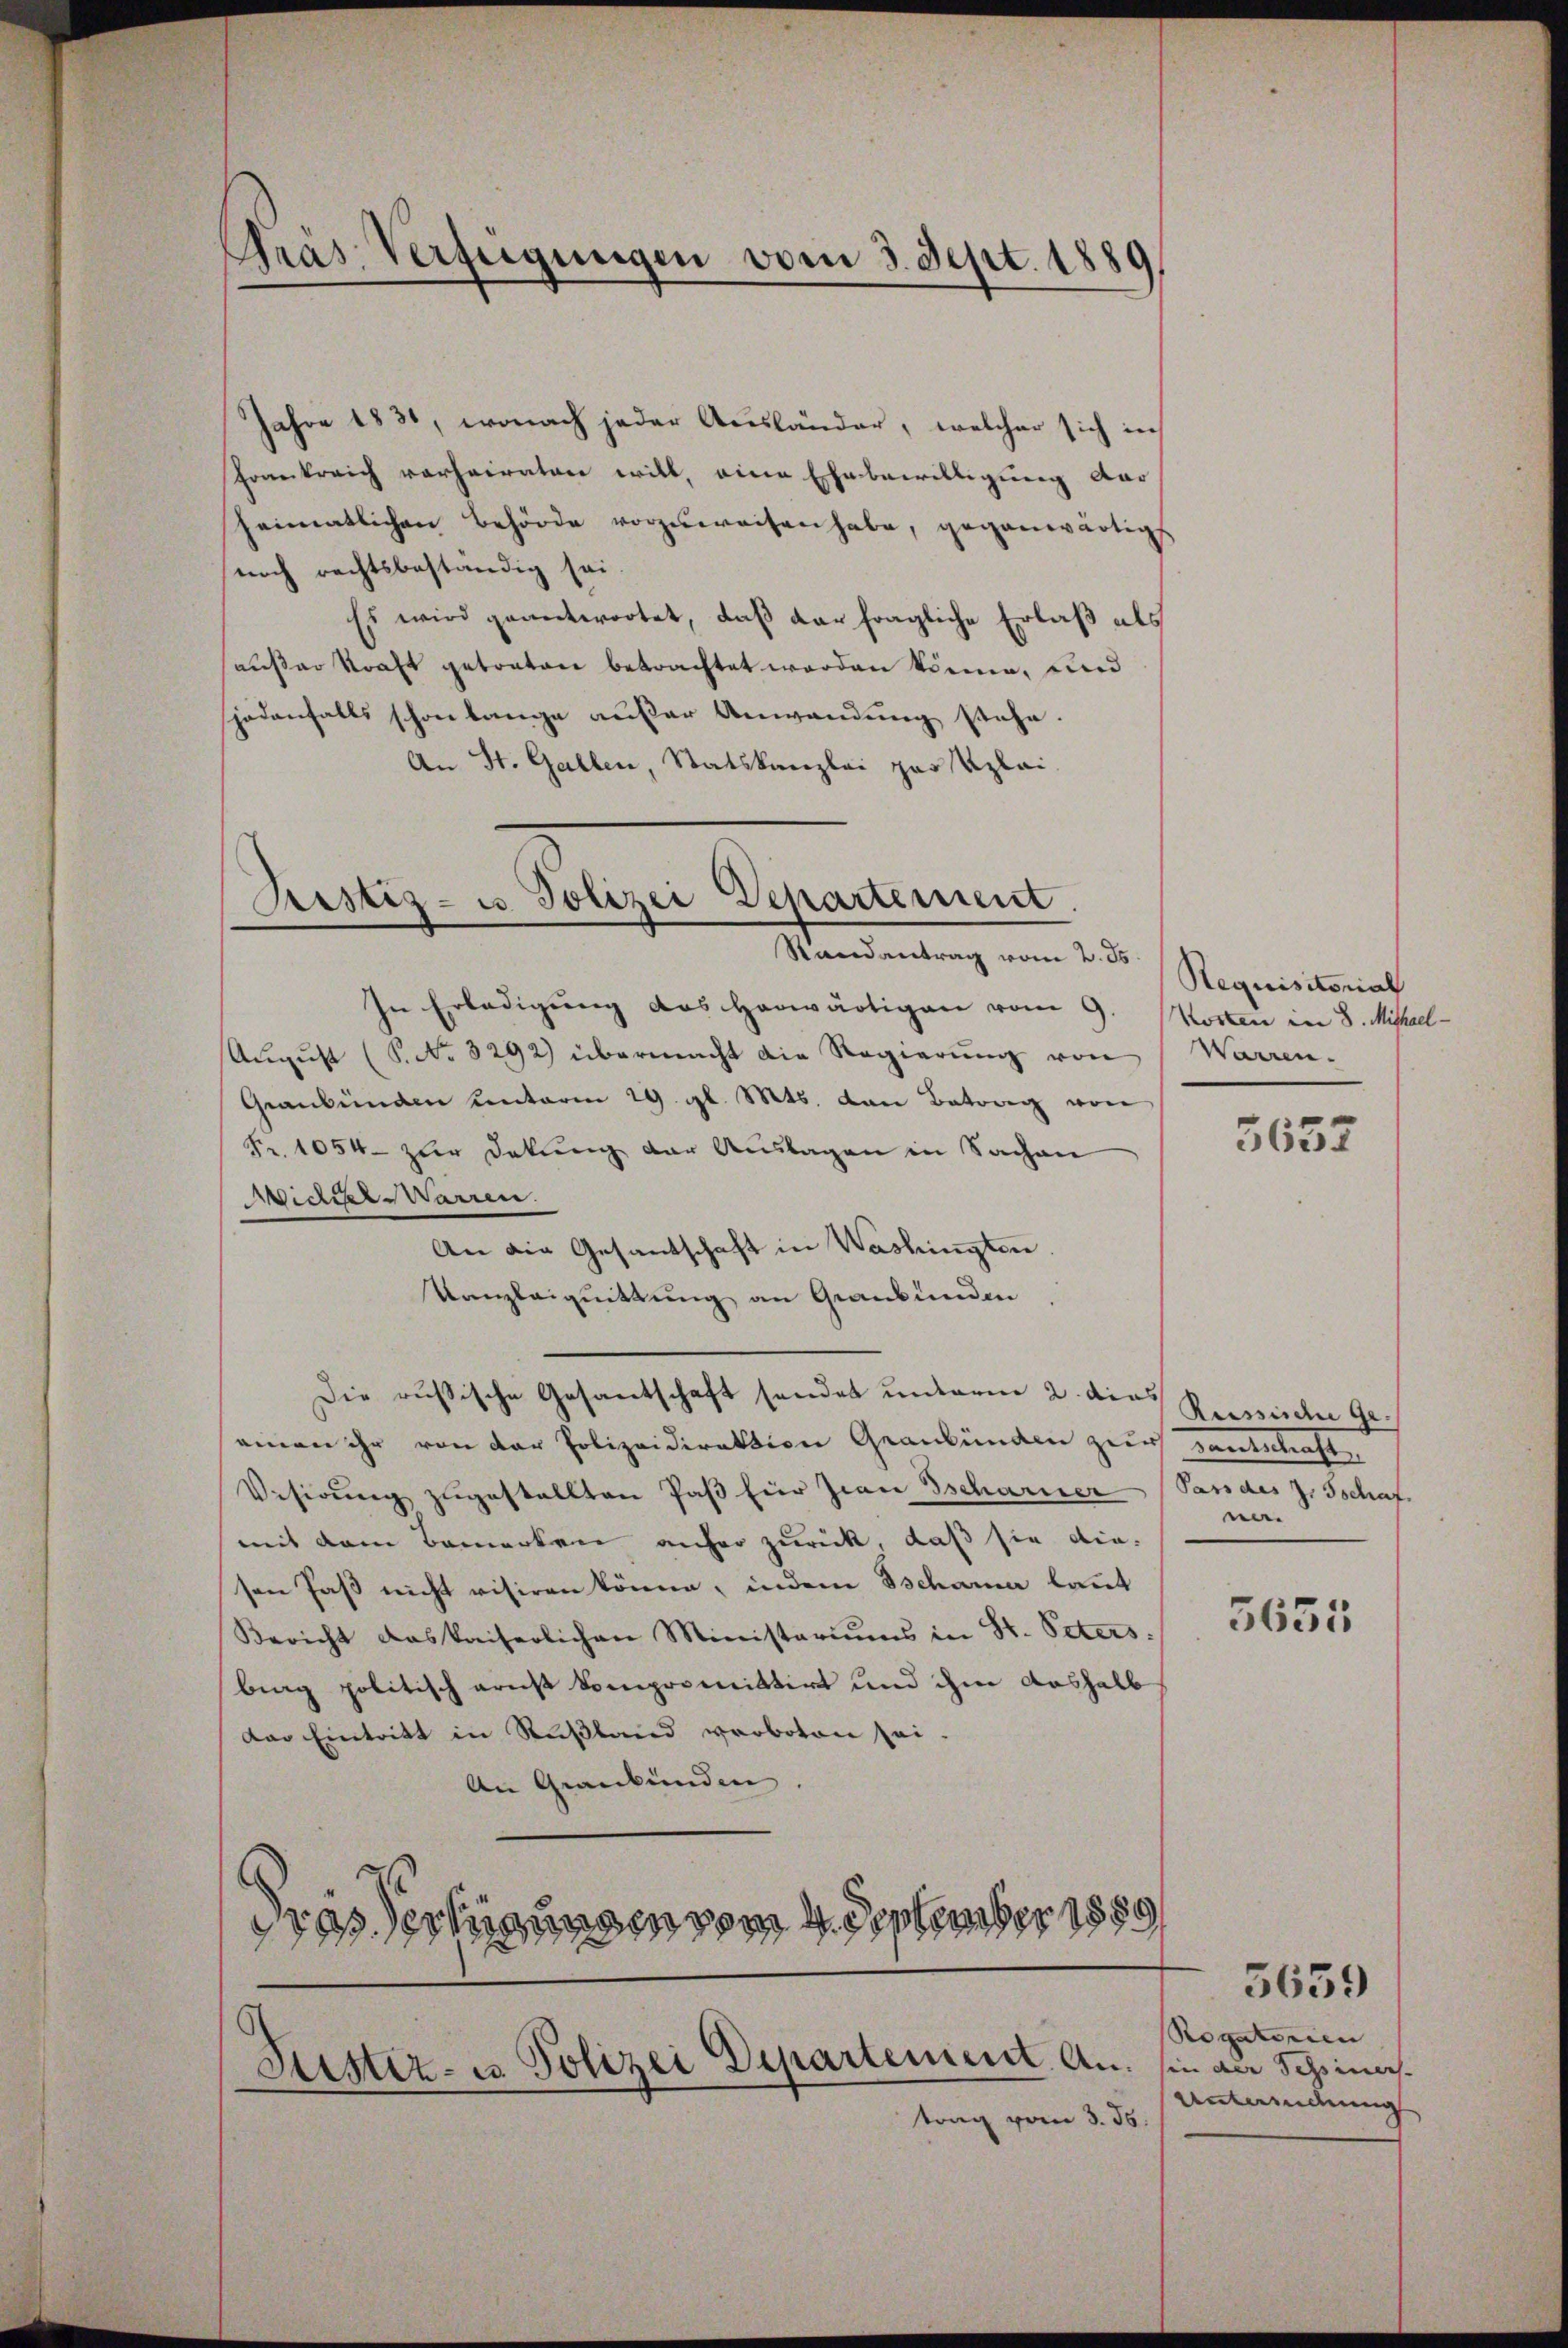
Jahre 1831, wonach jeder Ausländer, welcher sich in
Frankreich vorheiraten will, eine Ehebewilligung das
heimatlichen Behörde vorzuweisen habe, gegenwärtig
noch rechtsbeständig sei.
Es wird geantwortet, daß der fragliche Erlaß als
haußer Kraft getraten betrachtet worden könne, und
jedenfalls schon lange außer Anwendung stehe.
An St. Gallen, Statskanzlei par Uzlai¬

Präs. Verfügungen vom 3. Sept. 1889

Bestiz- u. Polizei Departement
Randantrag vom 2. ds.

Die russische Gesantschaft sendet unterm 2. dies

trag vom 3. 55.

In Erledigung das Horwärtigen vom 9. Kosten in 8. Mihael
Aŭgŭst (S. No. 3292) übermacht die Regierŭng von
Graubünden unterm 29. gl. Mts. von Betrag von
Fr. 1054 zur Dekung der Auslagen in Sachen
Widier-Warren.
An die Gesandschaft in Washingten.
Kanzleiguittung an Graubünden
samen ihr von der Polizeidirektion Graubünden zur santschaft
Vesirŭng zugestellten Paß hier Jwan Tscharner Pandes J. Tschaf
mit dem Bemerkrei anfer zurück, daß sie die-
sen Paß nicht visiren könne, indem Tschauer laut
Bericht das kaiserlichen Ministeriums in St. Peters:
bing politisch ernst kompromittirt und ihm aushalb
das Eintritt in Rußland verboten sei.
An Graubünden.
dras Verfügungen vom 4. September 1889/

Lister- u Polizei Departement. An. in an Schinas.

Requisitorial
Warren.

5652

Russische Ge
ne.

3655

Rogatorien |
Antwendung

5659